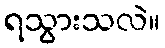
ရသွားသလဲ။